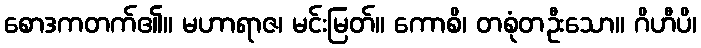
စောဒကတက်၏။ မဟာရာဇ၊ မင်းမြတ်။ ကောစိ၊ တစုံတဦးသော။ ဂိဟီပိ၊